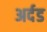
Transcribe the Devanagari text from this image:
अर्दड